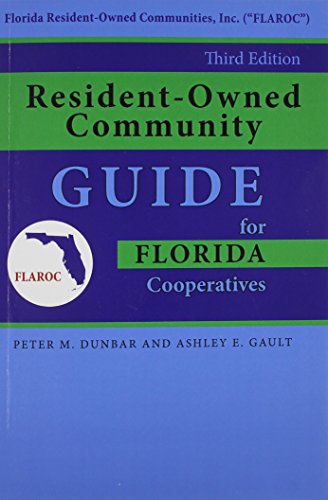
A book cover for Resident-Owned Community Guide for Florida Cooperatives, 3rd. Edition; Peter M. Dunbar; Law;